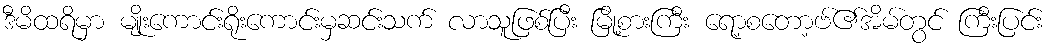
ဒီမိထရိမှာ မျိုးကောင်းရိုးကောင်းမှဆင်းသက် လာသူဖြစ်ပြီး မြို့စားကြီး ရော့စတော့ဗ်၏အိမ်တွင် ကြီးပြင်း